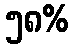
၅၈%